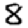
Digit: 8